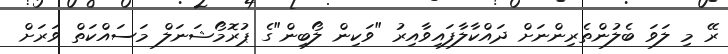
ރޭ މި ލަވަ ބެލުންތެރިންނަށް ދައްކާލާފައިވާއިރު "ވަކިން ލޯބިން"ގެ ޕުރޮމޯޝަނަލް މަސައްކަތް ވަރަށް